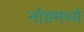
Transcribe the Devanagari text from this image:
नोडमध्ये